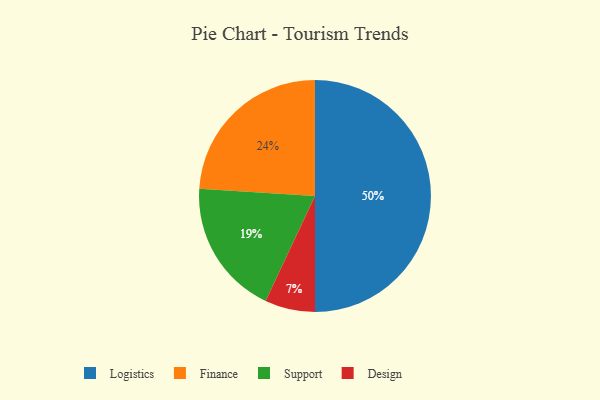
{"axis": {"x": "Category", "y": "Percentage"}, "legend": ["Design", "Finance", "Logistics", "Support"], "data": [{"x": "Logistics", "y": 50, "type": "Logistics"}, {"x": "Finance", "y": 24, "type": "Finance"}, {"x": "Design", "y": 7, "type": "Design"}, {"x": "Support", "y": 19, "type": "Support"}]}